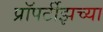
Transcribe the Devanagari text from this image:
प्रॉपर्टीझच्या